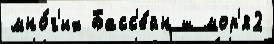
мно́г'их Басс'е́йн ш мор'я2